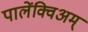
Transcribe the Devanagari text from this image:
पालेंक्विअम्‌